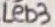
Text: LED3